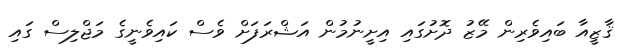
ޤާޒީއާ ބައިވެރިން މޭޒު ދޮށުގައި އިށީނުމުން އަޝްރަފަށް ވެސް ކައިވެނީގެ މަޖްލިސް ގައި